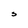
Character: S